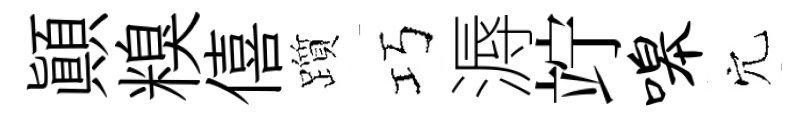
顚糗僖躓巧溽竚嗥穴